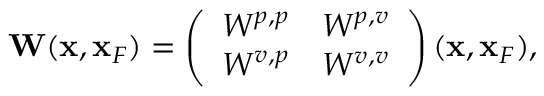
\begin{array} { r } { { \bf W } ( { \bf x } , { \bf x } _ { F } ) = \left( \begin{array} { l l } { W ^ { p , p } } & { W ^ { p , v } } \\ { W ^ { v , p } } & { W ^ { v , v } } \end{array} \right) ( { \bf x } , { \bf x } _ { F } ) , } \end{array}